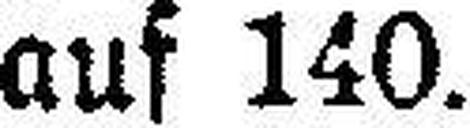
auf 140.